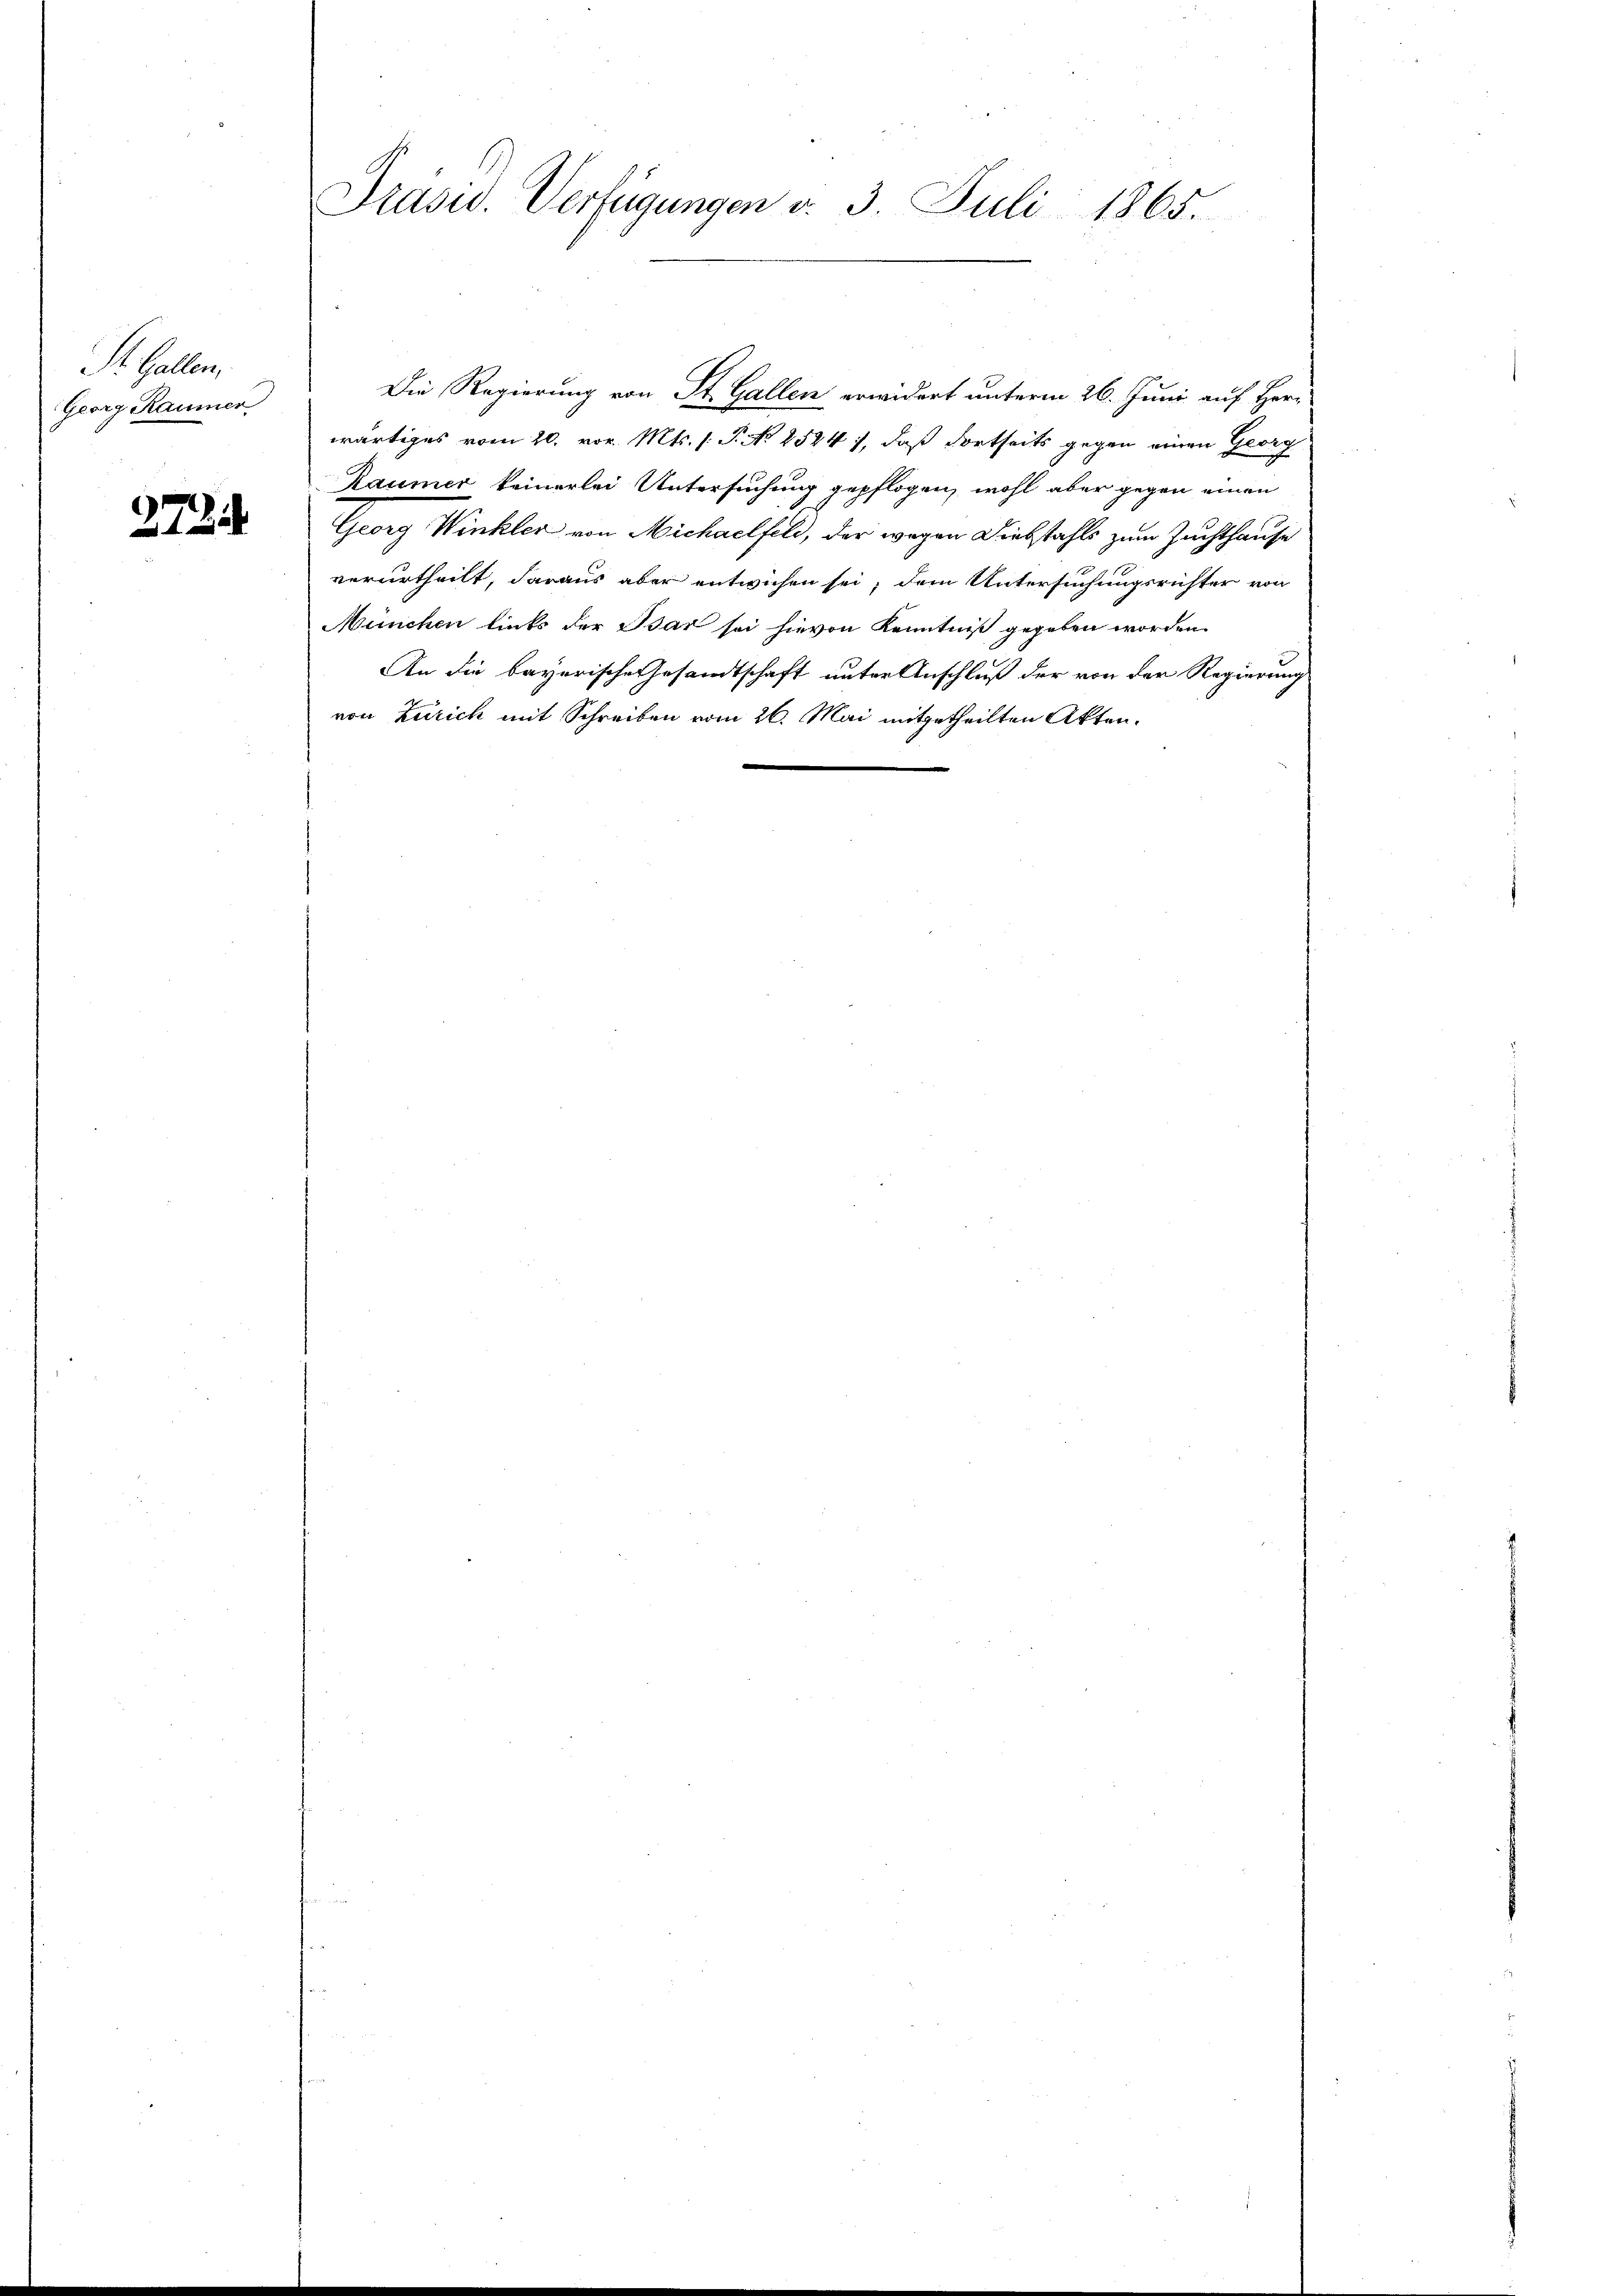
S. Gallen,
Georg Raumer

272

Präsid. Verfügungen v. 3. Juli 1865.

Die Regierung von St. Gallen erwidert unterm 26. Juni auf Herr
wärtiges vom 20. vor. Mts. s. P. No 2524), daß dortseits gegen einen Georg
Raumer keinerlei Untersuchung gepflogen, wohl aber gegen einen
Georg Winkler von Michaelfeld, der wegen Diebstahls zum Zuchthause
verurtheilt, daraus aber entwichen sei, dem Untersuchungsrichter von
München links der Bar sei hievon Kenntniß gegeben worden.
An die bayerische Gesandtschaft unter Anschluß der von der Regierung
von Zürich mit Schreiben vom 26. Mai mitgetheilten Akten.
e